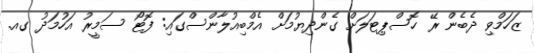
ޒަހަމްވި ދެބެން ރޭ ހޮސްޕިޓަލަށް ގެންދިޔުމަށް އެމްބިއުލާންސްގައި: ފޮޓޯ ސަމީރު އަހުމަދު ގއ.